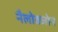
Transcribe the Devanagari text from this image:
नैलोक्जोन